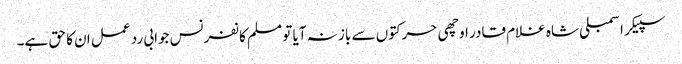
سپیکر اسمبلی شاہ غلام قادر اوچھی حرکتوں سے باز نہ آیا تو مسلم کانفرنس جوابی رد عمل ان کا حق ہے۔